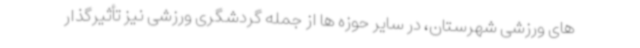
های ورزشی شهرستان، در سایر حوزه ها از جمله گردشگری ورزشی نیز تأثیرگذار